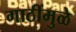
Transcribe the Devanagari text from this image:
गाठींमुळे